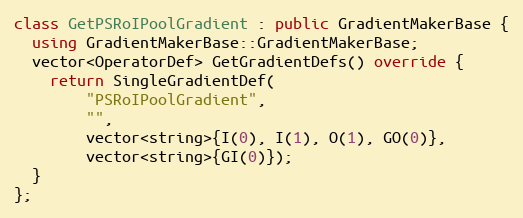
Language: C++
class GetPSRoIPoolGradient : public GradientMakerBase {
  using GradientMakerBase::GradientMakerBase;
  vector<OperatorDef> GetGradientDefs() override {
    return SingleGradientDef(
        "PSRoIPoolGradient",
        "",
        vector<string>{I(0), I(1), O(1), GO(0)},
        vector<string>{GI(0)});
  }
};